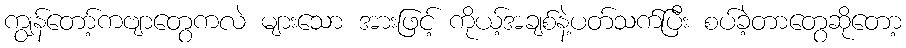
ကျွန်တော့်ကဗျာတွေကလဲ များသော အားဖြင့် ကိုယ့်အချစ်နဲ့ပတ်သက်ပြီး စပ်ခဲ့တာတွေဆိုတော့